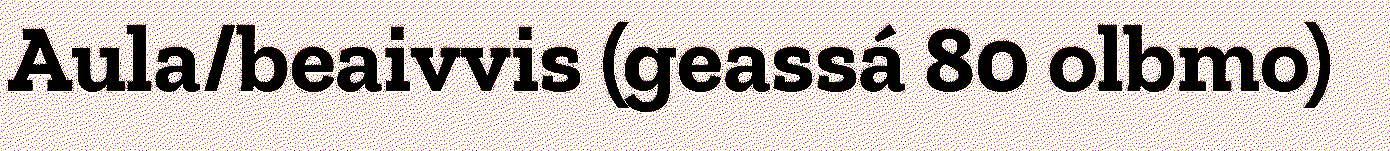
Aula/beaivvis (geassá 80 olbmo)